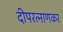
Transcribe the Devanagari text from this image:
दीपरत्नाणकर